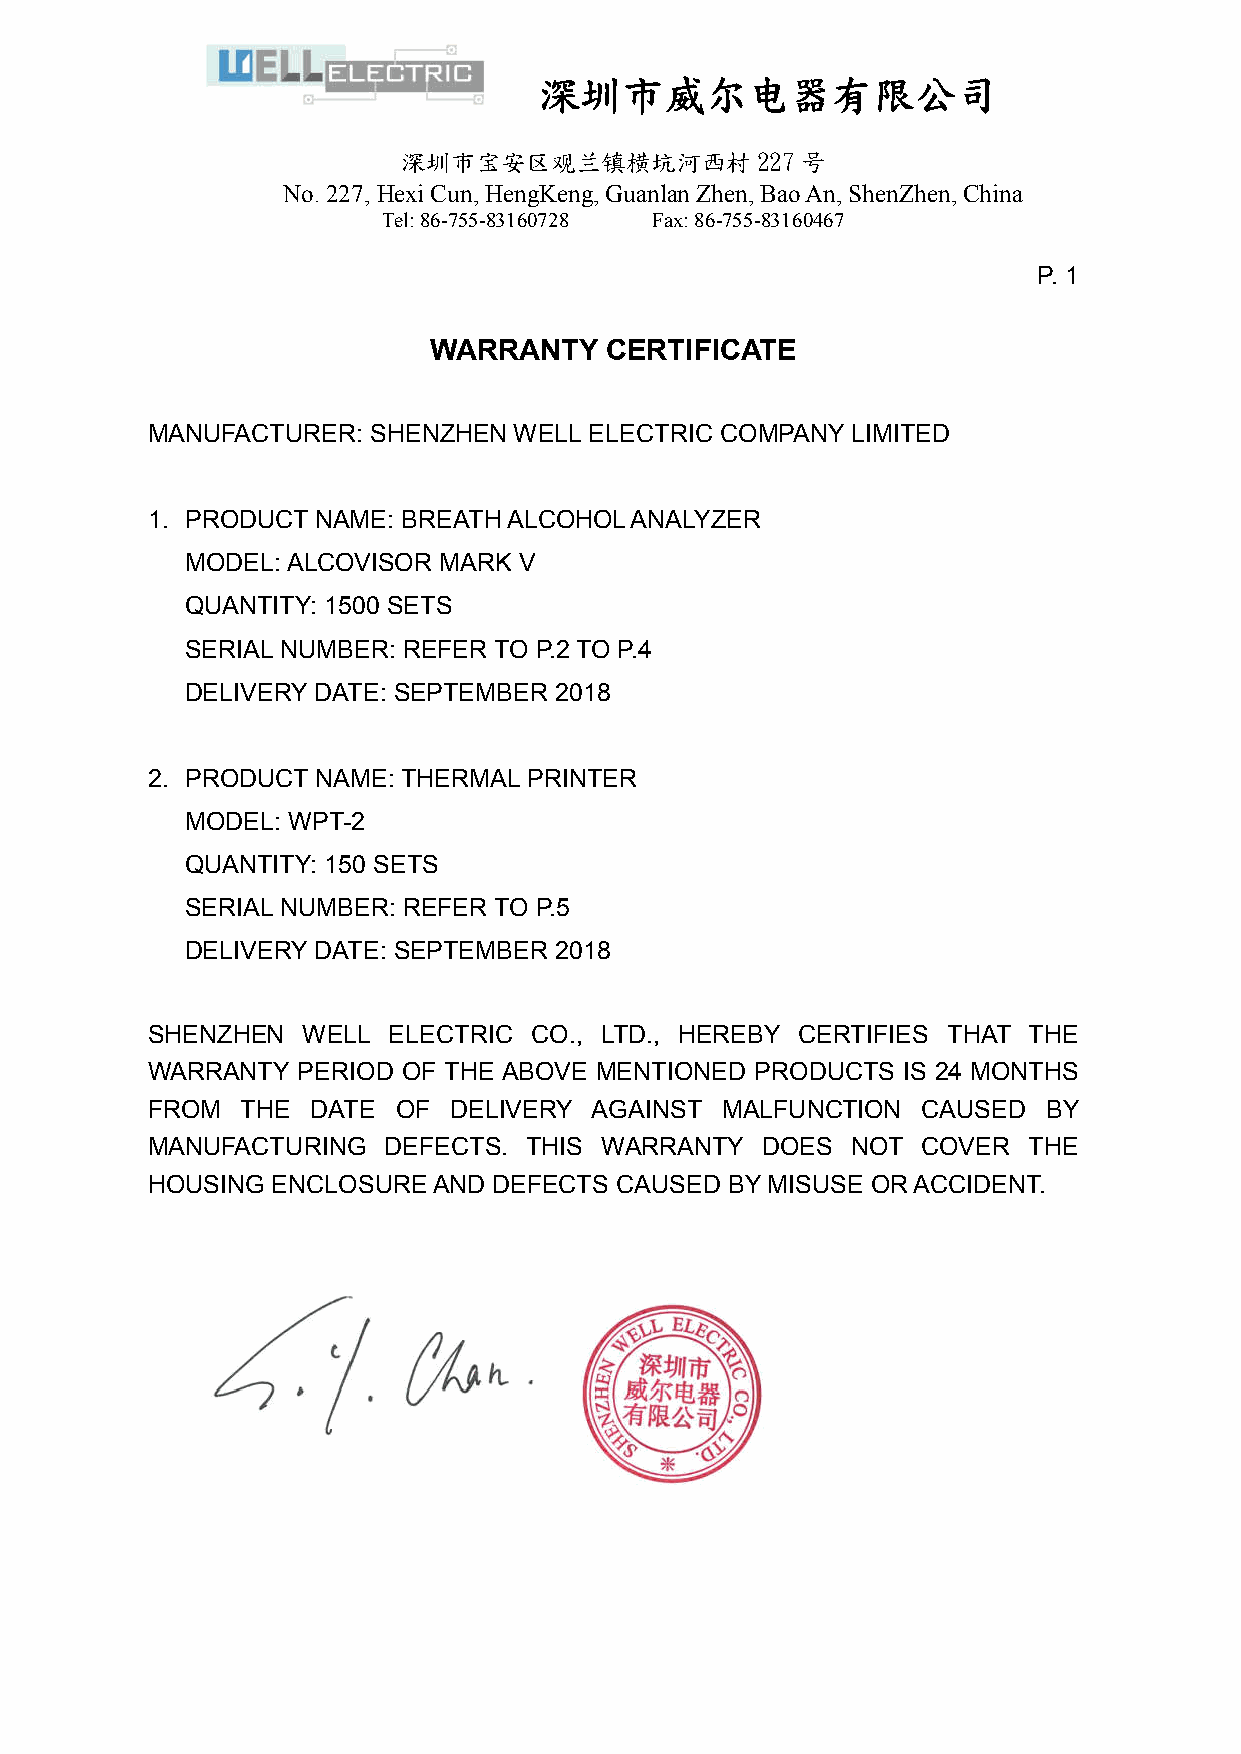
深圳市威尔电器有限公司
 深圳市宝安区观兰镇横坑河西村          227 号
 No. 227 No. 227, Hexi Cun, HengKeng, Guanlan Zhen, Bao An, ShenZhen, China
 Tel: 86-755-83160728 Fax: 86-755-83160467
 P. 1
 WARRANTY    CERTIFICATE
 MANUFACTURER: SHENZHEN  WELL ELECTRIC COMPANY LIMITED
 1. PRODUCT NAME: BREATH ALCOHOL ANALYZER
 MODEL: ALCOVISOR MARK V
 QUANTITY: 1500 SETS
 SERIAL NUMBER: REFER TO P.2 TO P.4
 DELIVERY DATE: SEPTEMBER 2018
 2. PRODUCT NAME: THERMAL PRINTER
 MODEL: WPT-2
 QUANTITY: 150 SETS
 SERIAL NUMBER: REFER TO P.5
 DELIVERY DATE: SEPTEMBER 2018
 SHENZHEN  WELL  ELECTRIC CO., LTD., HEREBY CERTIFIES THAT THE
 WARRANTY  PERIOD OF THE ABOVE MENTIONED PRODUCTS  IS 24 MONTHS
 FROM  THE  DATE OF  DELIVERY AGAINST  MALFUNCTION  CAUSED  BY
 MANUFACTURING  DEFECTS.  THIS WARRANTY  DOES  NOT  COVER  THE
 HOUSING ENCLOSURE  AND DEFECTS CAUSED BY MISUSE OR ACCIDENT.